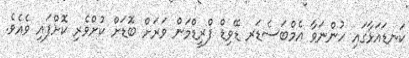
ކަނޑައަޅާގައި ހުންނަވާ އެމްބަސެޑަރ ޑޭވިޑް ފްރީޑްމަން ވަރަށް ބޮޑަށް ކުށްވެރި ކޮށްފައި ވެއެވެ.